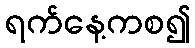
ရက်နေ့ကစ၍